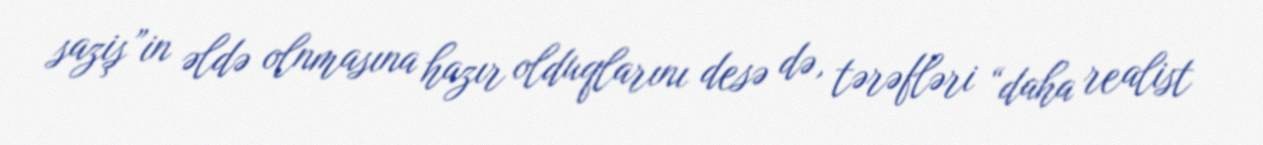
saziş”in əldə olnmasına hazır olduqlarını desə də, tərəfləri “daha realist